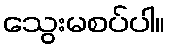
သွေးမစပ်ပါ။